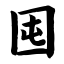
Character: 囤